Calcutta medical institutions reports 1871-78
Year: 1871
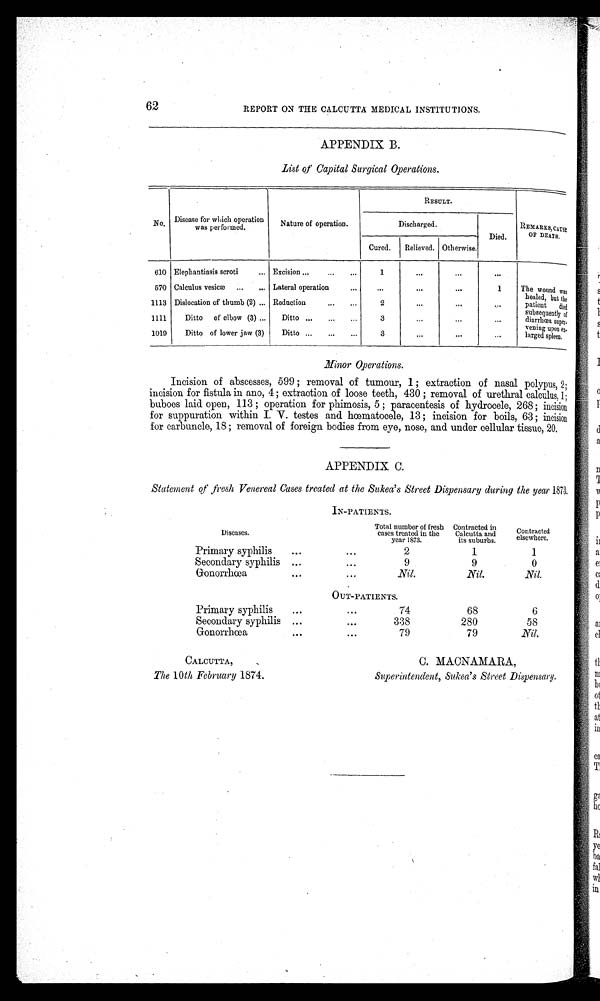
62
REPORT ON THE CALCUTTA MEDICAL INSTITUTIONS.
APPENDIX B.
List of Capital Surgical Operations.
RESULT.
No. Disease for which operation
was performed.
Nature of operation.
Discharged.
Died.
REMARKS, CAUSE
OF DEATH.
Cured.
Relieved. Otherwise.
610 Elephantiasis seroti
Excision
1
...
...
. . .
570 Calculus vesicae Lateral operation
...
...
...
1
T h e w o u n d w a s h e a l e d , b u t t h e
patient died
subsequently o f
d i a r r h œ a s u p e r v e n i n g u p o n e n l a r g e d s p l e e n .
1113 Dislocation of thumb (2)
Reduction
2
...
...
...
1111
Ditto of elbow (3)
Ditto
3
...
...
...
1019
Ditto of lower jaw (3)
Ditto
3
. . .
...
. . .
Minor Operations.
Incision of abscesses, 599 ; removal of tumour, 1; extraction of nasal polypus, 2;
incision for fistula in ano, 4 ; extraction of loose teeth, 430 ; removal of urethral calculus, 1;
buboes laid open, 113 ; operation for phimosis, 5 ; paracentesis of hydrocele, 268; incision
for suppuration within I. V. testes and hœmatocele, 13 ; incision for boils, 63; incision
for carbuncle, 18; removal of foreign bodies from eye, nose, and under cellular tissue, 20.
APPENDIX C.
Statement of fresh Venereal Cases treated at the Sukea's Street Dispensary during the year 1873.
IN-PATIENTS.
Diseases.
Total number of fresh
cases treated in the
year 1873.
Contracted in
Calcutta and
its suburbs.
Contracted
where.
Primary syphilis
2
1
1
Secondary syphilis
9
9
0
Gonorrhœa
Nil.
Nil.
Nit.
OUT-PATIENTS.
Primary syphilis
74
68
6
Secondary syphilis
338
280
58
Gonorrhœa
79
79
Nil.
CALCUTTA,
C. MACNAMARA,
The 10th February 1874.
Superintendent, Sukea's Street Dispensary.